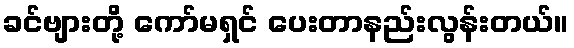
ခင်ဗျားတို့ ကော်မရှင် ပေးတာနည်းလွန်းတယ်။